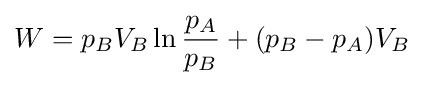
W=p_{B}V_{B}\ln {\frac {p_{A}}{p_{B}}}+(p_{B}-p_{A})V_{B}